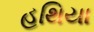
હથિયા